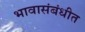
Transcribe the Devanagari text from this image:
भावासंबंधीत